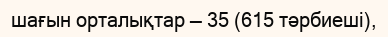
шағын орталықтар — 35 (615 тәрбиеші),